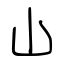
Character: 山